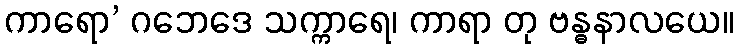
ကာရော’ ဂဘေဒေ သက္ကာရေ၊ ကာရာ တု ဗန္ဓနာလယေ။